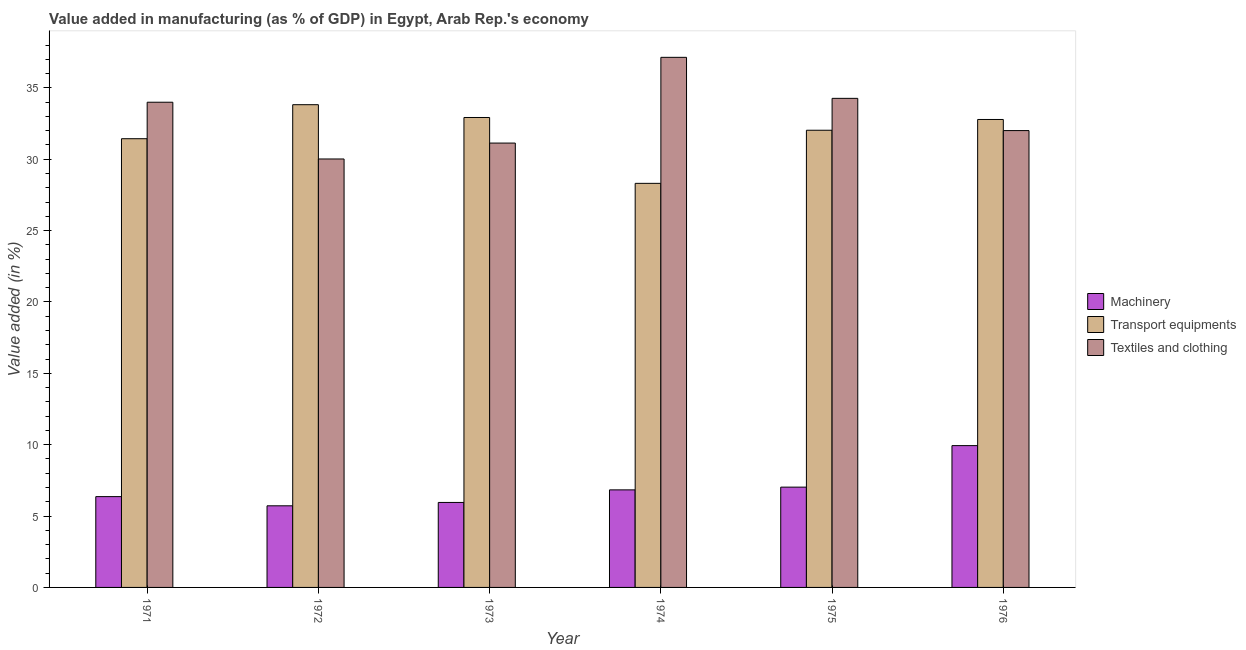
| Year | Machinery | Transport equipments | Textiles and clothing |
 | --- | --- | --- | --- |
 | 1971 | 6.36 | 31.4 | 34 |
 | 1972 | 5.72 | 33.8 | 30 |
 | 1973 | 5.95 | 32.9 | 31.1 |
 | 1974 | 6.83 | 28.3 | 37.1 |
 | 1975 | 7.03 | 32 | 34.3 |
 | 1976 | 9.94 | 32.8 | 32 |